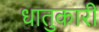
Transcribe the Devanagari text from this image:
धातुकारी